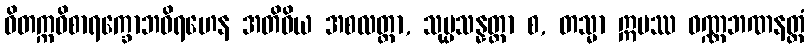
ဝိတက္ကဝိစာရက္ခောဘဝိရဟေန အတိဝိယ အစလတ္တာ, သုပ္ပသန္နတ္တာ စ, တသ္မာ ဣမဿ ဝဏ္ဏဘဏနတ္ထံ